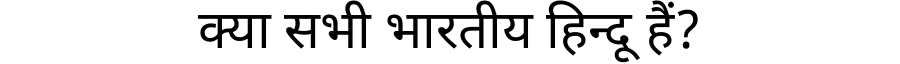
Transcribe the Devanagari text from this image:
क्या सभी भारतीय हिन्दू हैं?